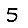
Digit: 5